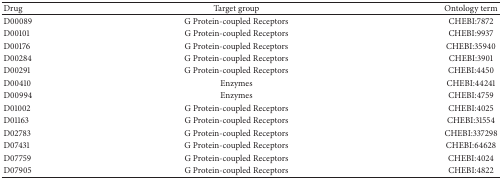
<table><thead><tr><td><b>Drug</b></td><td><b>Target group</b></td><td><b>Ontology term</b></td></tr></thead><tbody><tr><td>D00089</td><td>G Protein-coupled Receptors</td><td>CHEBI:7872</td></tr><tr><td>D00101</td><td>G Protein-coupled Receptors</td><td>CHEBI:9937</td></tr><tr><td>D00176</td><td>G Protein-coupled Receptors</td><td>CHEBI:35940</td></tr><tr><td>D00284</td><td>G Protein-coupled Receptors</td><td>CHEBI:3901</td></tr><tr><td>D00291</td><td>G Protein-coupled Receptors</td><td>CHEBI:4450</td></tr><tr><td>D00410</td><td>Enzymes</td><td>CHEBI:44241</td></tr><tr><td>D00994</td><td>Enzymes</td><td>CHEBI:4759</td></tr><tr><td>D01002</td><td>G Protein-coupled Receptors</td><td>CHEBI:4025</td></tr><tr><td>D01163</td><td>G Protein-coupled Receptors</td><td>CHEBI:31554</td></tr><tr><td>D02783</td><td>G Protein-coupled Receptors</td><td>CHEBI:337298</td></tr><tr><td>D07431</td><td>G Protein-coupled Receptors</td><td>CHEBI:64628</td></tr><tr><td>D07759</td><td>G Protein-coupled Receptors</td><td>CHEBI:4024</td></tr><tr><td>D07905</td><td>G Protein-coupled Receptors</td><td>CHEBI:4822</td></tr></tbody></table>